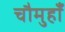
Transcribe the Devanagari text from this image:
चौमुहाँ